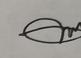
Signature authenticity: genuine